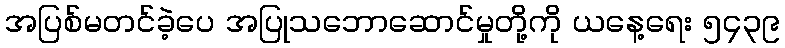
အပြစ်မတင်ခဲ့ပေ အပြုသဘောဆောင်မှုတို့ကို ယနေ့ရေး ၅၄၃၉